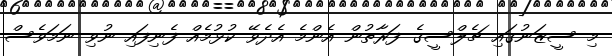
މި ސީޒަނުގައި ޗެލްސީގެ ފަރާތުން އެންމެ އެދެވޭ ކުޅުމެއް ފެނިފައި ނުވި ނަމަވެސް